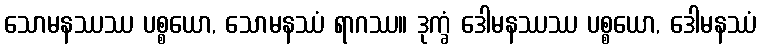
သောမနဿဿ ပစ္စယော, သောမနဿံ ရာဂဿ။ ဒုက္ခံ ဒေါမနဿဿ ပစ္စယော, ဒေါမနဿံ